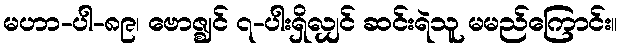
မဟာ-ပါ-၈၉၊ ဗောဇ္ဈင် ၇-ပါးရှိလျှင် ဆင်းရဲသူ မမည်ကြောင်း။